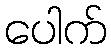
ပေါက်